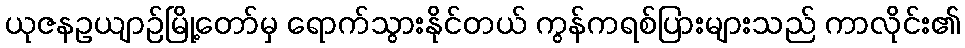
ယုဇနဥယျာဉ်မြို့တော်မှ ရောက်သွားနိုင်တယ် ကွန်ကရစ်ပြားများသည် ကာလိုင်း၏